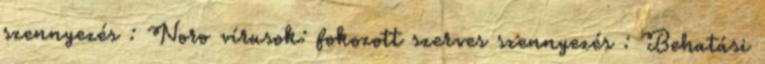
szennyezés : Noro vírusok: fokozott szerves szennyezés : Behatási